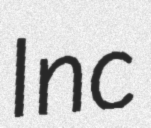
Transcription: Inc